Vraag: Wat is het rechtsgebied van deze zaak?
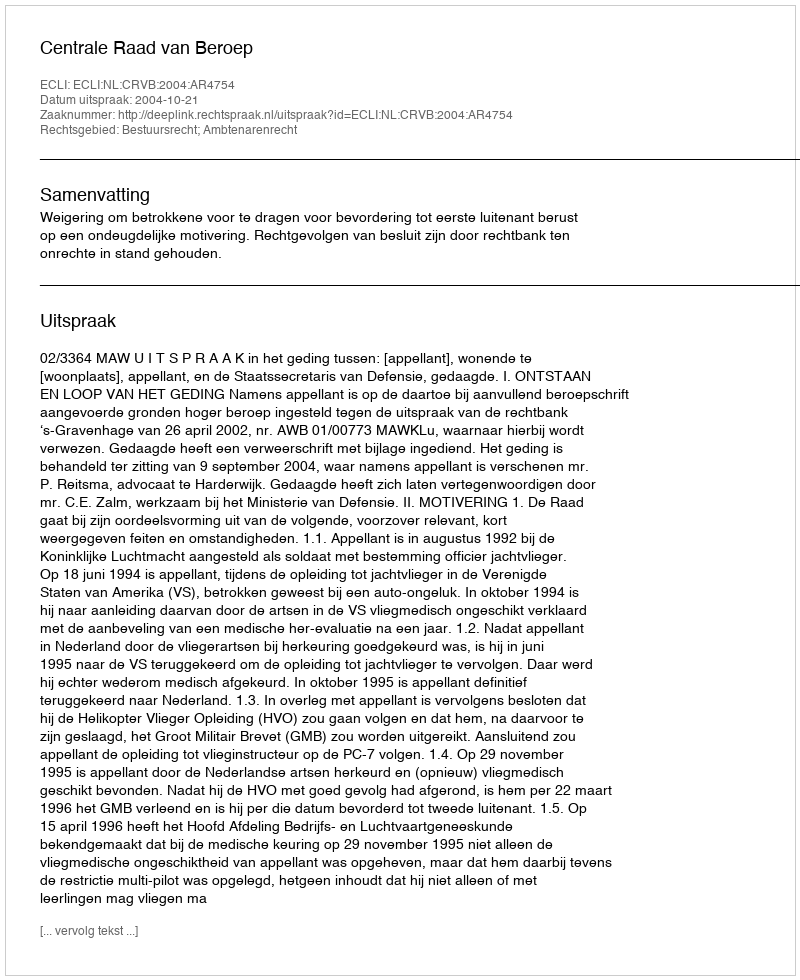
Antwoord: Bestuursrecht; Ambtenarenrecht